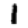
Digit: 1